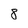
Character: 8